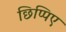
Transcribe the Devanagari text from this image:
छिप्पिए